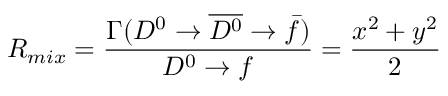
R _ { m i x } = \frac { \Gamma ( D ^ { 0 } \rightarrow \overline { { { D ^ { 0 } } } } \rightarrow \bar { f } ) } { D ^ { 0 } \rightarrow f } = \frac { x ^ { 2 } + y ^ { 2 } } { 2 }